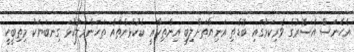
އެހެނަސް އެސޮރުގެ ވެރިކަމުގައި ބޮޑެތި އަނިޔާތަށްލިބި އިންތިހާއީ ކެކުޅުންތައް ތަހަންމަލުކުޅަ ގިނަބަޔަކު މިތިބީކީ